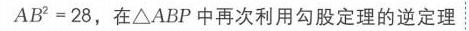
\(AB^{2}=28\)，在\(\triangle ABP\)中再次利用勾股定理的逆定理